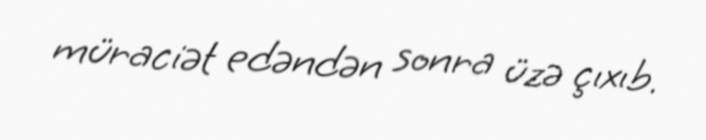
müraciət edəndən sonra üzə çıxıb.